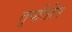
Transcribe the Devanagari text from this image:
तुर्यातीत